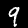
Digit: 9